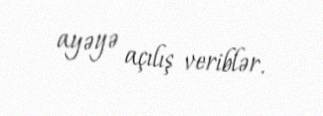
ayəyə açılış veriblər.